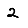
Digit: 2